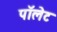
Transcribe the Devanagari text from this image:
पॉलेट